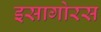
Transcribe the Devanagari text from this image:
इसागोरस